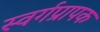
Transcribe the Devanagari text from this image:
स्वर्गप्रापक